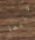
عنيفا